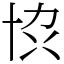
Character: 𫝓